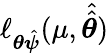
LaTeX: \ell_{\boldsymbol{\theta}\hat{\boldsymbol{\psi}}}(\mu,\hat{\hat{\boldsymbol{\theta}}})